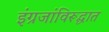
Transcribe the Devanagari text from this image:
इंग्रजांविरूद्धात